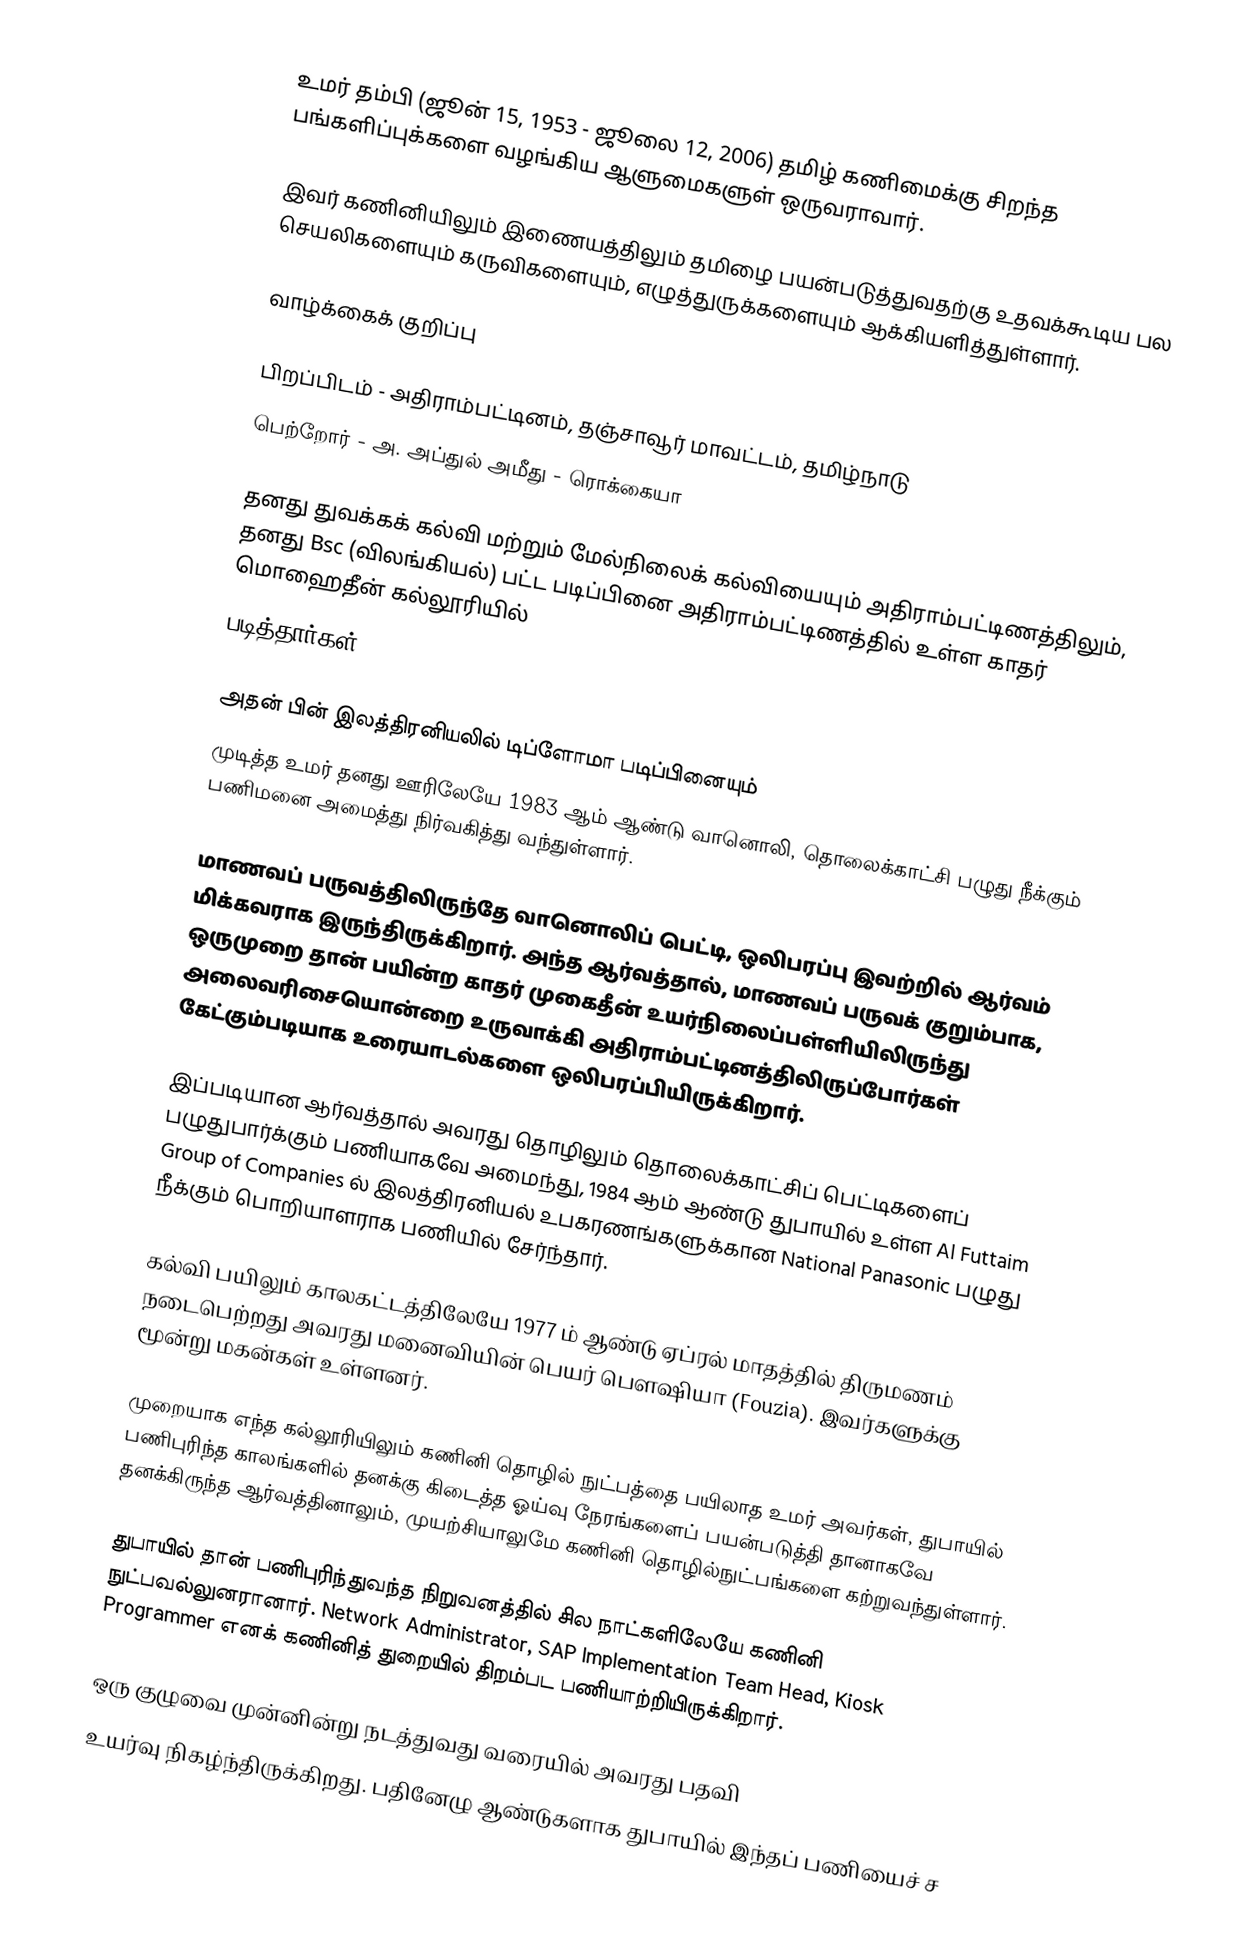
உமர் தம்பி (ஜூன் 15, 1953 - ஜூலை 12, 2006) தமிழ் கணிமைக்கு சிறந்த பங்களிப்புக்களை வழங்கிய ஆளுமைகளுள் ஒருவராவார்.

இவர் கணினியிலும் இணையத்திலும் தமிழை பயன்படுத்துவதற்கு உதவக்கூடிய பல செயலிகளையும் கருவிகளையும், எழுத்துருக்களையும் ஆக்கியளித்துள்ளார்.

வாழ்க்கைக் குறிப்பு

பிறப்பிடம் - அதிராம்பட்டினம், தஞ்சாவூர் மாவட்டம், தமிழ்நாடு
பெற்றோர் - அ. அப்துல் அமீது - ரொக்கையா

தனது துவக்கக் கல்வி மற்றும் மேல்நிலைக் கல்வியையும் அதிராம்பட்டிணத்திலும், தனது Bsc (விலங்கியல்) பட்ட படிப்பினை அதிராம்பட்டிணத்தில் உள்ள காதர் மொஹைதீன் கல்லூரியில்
படித்தார்கள்.

அதன் பின் இலத்திரனியலில் டிப்ளோமா படிப்பினையும்
முடித்த உமர் தனது ஊரிலேயே 1983 ஆம் ஆண்டு வானொலி, தொலைக்காட்சி பழுது நீக்கும் பணிமனை அமைத்து நிர்வகித்து வந்துள்ளார்.

மாணவப் பருவத்திலிருந்தே வானொலிப் பெட்டி, ஒலிபரப்பு இவற்றில் ஆர்வம் மிக்கவராக இருந்திருக்கிறார். அந்த ஆர்வத்தால், மாணவப் பருவக் குறும்பாக, ஒருமுறை தான் பயின்ற காதர் முகைதீன் உயர்நிலைப்பள்ளியிலிருந்து அலைவரிசையொன்றை உருவாக்கி அதிராம்பட்டினத்திலிருப்போர்கள் கேட்கும்படியாக உரையாடல்களை ஒலிபரப்பியிருக்கிறார்.

இப்படியான ஆர்வத்தால் அவரது தொழிலும் தொலைக்காட்சிப் பெட்டிகளைப் பழுதுபார்க்கும் பணியாகவே அமைந்து, 1984 ஆம் ஆண்டு துபாயில் உள்ள Al Futtaim Group of Companies ல் இலத்திரனியல் உபகரணங்களுக்கான National Panasonic பழுது நீக்கும் பொறியாளராக பணியில் சேர்ந்தார்.

கல்வி பயிலும் காலகட்டத்திலேயே 1977 ம் ஆண்டு ஏப்ரல் மாதத்தில் திருமணம் நடைபெற்றது அவரது மனைவியின் பெயர் பெளஷியா (Fouzia). இவர்களுக்கு மூன்று மகன்கள் உள்ளனர்.

முறையாக எந்த கல்லூரியிலும் கணினி தொழில் நுட்பத்தை பயிலாத உமர் அவர்கள், துபாயில் பணிபுரிந்த காலங்களில் தனக்கு கிடைத்த ஓய்வு நேரங்களைப் பயன்படுத்தி தானாகவே தனக்கிருந்த ஆர்வத்தினாலும், முயற்சியாலுமே கணினி தொழில்நுட்பங்களை கற்றுவந்துள்ளார்.

துபாயில் தான் பணிபுரிந்துவந்த நிறுவனத்தில் சில நாட்களிலேயே கணினி நுட்பவல்லுனரானார். Network Administrator, SAP Implementation Team Head, Kiosk Programmer எனக் கணினித் துறையில் திறம்பட பணியாற்றியிருக்கிறார்.

ஒரு குழுவை முன்னின்று நடத்துவது வரையில் அவரது பதவி
உயர்வு நிகழ்ந்திருக்கிறது. பதினேழு ஆண்டுகளாக துபாயில் இந்தப் பணியைச் ச